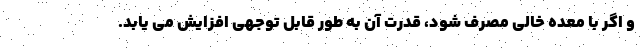
و اگر با معده خالی مصرف شود، قدرت آن به طور قابل توجهی افزایش می یابد.